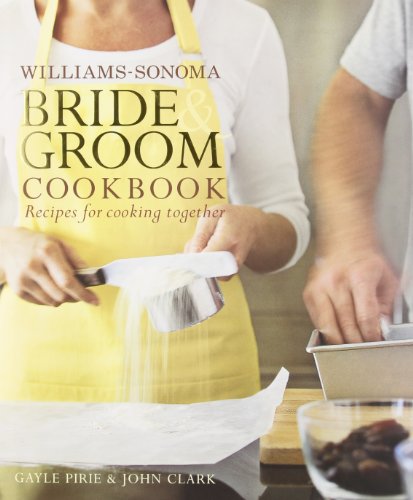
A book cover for Williams-Sonoma Bride & Groom Cookbook; Gayle Pirie; Cookbooks, Food & Wine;